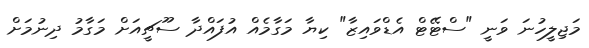
މަޖިލީހުނަ ވަނީ "ސްޓޭޓް އެޑްވައިޒާ" ކިޔާ މަގާމެއް އުފައްދާ ސޫޗީއަށް މަގާމު ދިނުމަށް